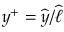
y ^ { + } = \widehat { y } / \widehat { \ell }